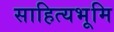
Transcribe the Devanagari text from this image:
साहित्यभूमि